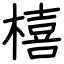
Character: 橲